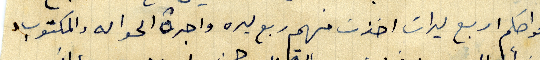
فواصكم اربع ليرات اخذت منهم ربع ليره واجرة الحواله والمكتوب.